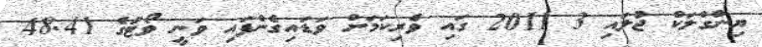
ޔިންގްލަކް ޖުލައި 3 2011 ގައި ވެރިކަމަށް ވަޑައިގެންފައި ވަނީ ވޯޓުގެ 48.41